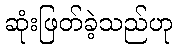
ဆုံးဖြတ်ခဲ့သည်ဟု